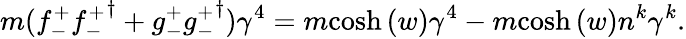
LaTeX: m({f_{-}^{+}}{{f_{-}^{+}}}^{\dagger}+{g_{-}^{+}}{{g_{-}^{+}}}^{\dagger})\gamma^{4}=m{\cosh{(w)}}\gamma^{4}-m{\cosh{(w)}}n^{k}\gamma^{k}.